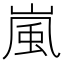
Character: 嵐